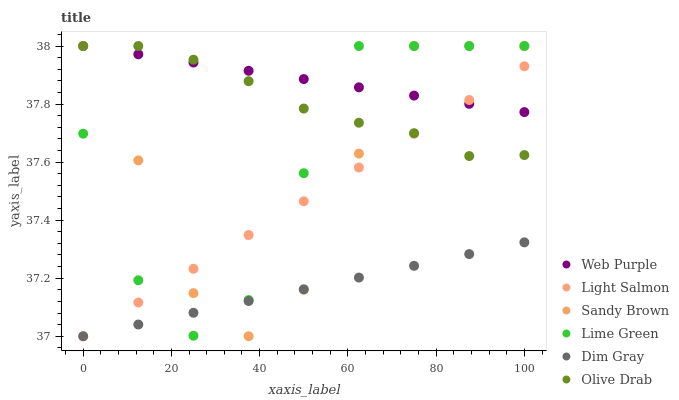
| xaxis_label | Web Purple | Light Salmon | Sandy Brown | Lime Green | Dim Gray | Olive Drab |
 | --- | --- | --- | --- | --- | --- | --- |
 | 0 | 38 | 37 | 38 | 37.7 | 37 | 38 |
 | 12.5 | 38 | 37.1 | 37.6 | 37.2 | 37 | 38 |
 | 25 | 37.9 | 37.2 | 37.1 | 37 | 37.1 | 38 |
 | 37.5 | 37.9 | 37.3 | 37 | 37.1 | 37.1 | 37.9 |
 | 50 | 37.9 | 37.5 | 37.2 | 37.6 | 37.2 | 37.8 |
 | 62.5 | 37.9 | 37.6 | 37.6 | 38 | 37.2 | 37.7 |
 | 75 | 37.8 | 37.7 | 38 | 38 | 37.2 | 37.7 |
 | 87.5 | 37.8 | 37.8 | 38 | 38 | 37.3 | 37.6 |
 | 100 | 37.8 | 37.9 | 38 | 38 | 37.3 | 37.6 |